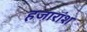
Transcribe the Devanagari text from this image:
हजारांश